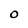
Character: 0